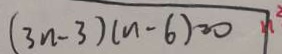
( 3 n - 3 ) ( n - 6 ) = 0